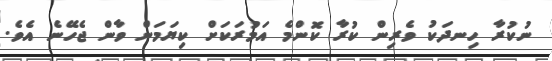
ނުކުރާ ހިނދަކު ވެރިން ކުރާ ކޮންމެ އަމުރަކަށް ކިޔަމަން ވާން ޖެހޭނެ އެވެ.